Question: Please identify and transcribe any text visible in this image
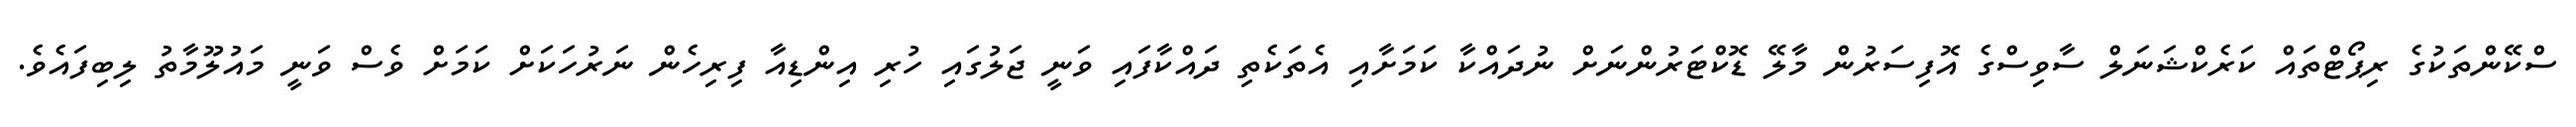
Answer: ސްކޭންތަކުގެ ރިޕޯޓްތައް ކަރެކްޝަނަލް ސާވިސްގެ އޮފިސަރުން މާލޭ ޑޮކްޓަރުންނަށް ނުދައްކާ ކަމަށާއި އެތަކެތި ދައްކާފައި ވަނީ ޖަލުގައި ހުރި އިންޑިއާ ފިރިހެން ނަރުހަކަށް ކަމަށް ވެސް ވަނީ މައުލޫމާތު ލިބިފައެވެ.